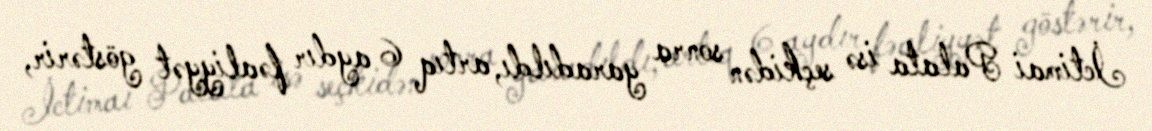
İctimai Palata isə seçkidən sonra yaradıldı, artıq 6 aydır fəaliyyət göstərir,